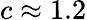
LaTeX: c\approx 1.2